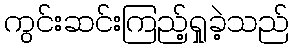
ကွင်းဆင်းကြည့်ရှုခဲ့သည်